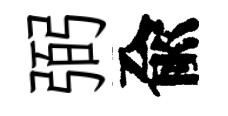
弼兪